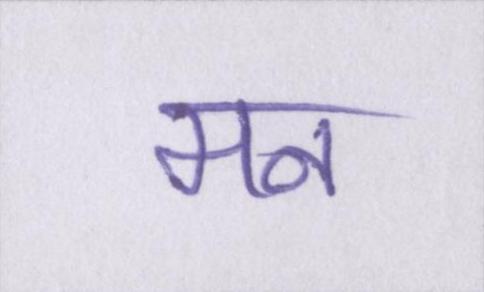
मन